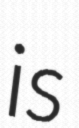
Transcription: is